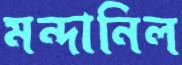
মন্দানিল